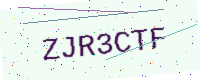
Text: ZJR3CTF